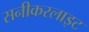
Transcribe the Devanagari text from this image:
सनीकरलाइट